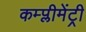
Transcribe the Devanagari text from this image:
कम्प्लीमेंट्री